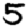
Digit: 5